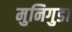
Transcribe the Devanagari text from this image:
मुनिगुडा